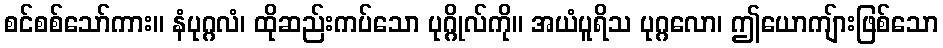
စင်စစ်သော်ကား။ နံပုဂ္ဂလံ၊ ထိုဆည်းကပ်သော ပုဂ္ဂိုလ်ကို။ အယံပူရိသ ပုဂ္ဂလော၊ ဤယောကျ်ားဖြစ်သော